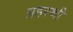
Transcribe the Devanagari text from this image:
ग्रहस्थी